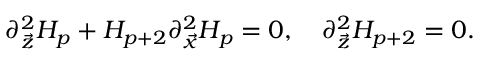
\partial _ { \vec { z } } ^ { 2 } H _ { p } + H _ { p + 2 } \partial _ { \vec { x } } ^ { 2 } H _ { p } = 0 , \ \ \ \partial _ { \vec { z } } ^ { 2 } H _ { p + 2 } = 0 .